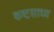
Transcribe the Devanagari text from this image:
कष्‍टसाध्‍य